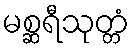
မစ္ဆရီသုတ္တံ